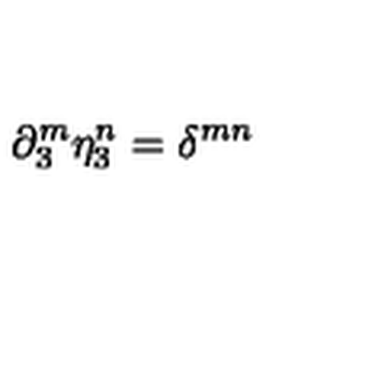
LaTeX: \partial _ { 3 } ^ { m } \eta _ { 3 } ^ { n } = \delta ^ { m n }